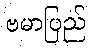
ဗမာပြည်